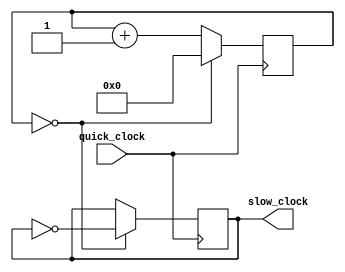
module prescaler #(parameter RATIO = 2)(
	input wire quick_clock,
	output reg slow_clock
);
	reg [31:0] counter;
	wire [31:0] next_counter;
	wire inv;
	assign inv = (counter ==(RATIO/2 - 1));
	
	assign next_counter = inv ? 32'd0 : counter + 32'd1;
	always @(posedge quick_clock) begin
		counter <= next_counter;
	end
	
	wire next_slow_clock;
	assign next_slow_clock = inv ? ~slow_clock : slow_clock;
	always @(posedge quick_clock) slow_clock <= next_slow_clock;


endmodule